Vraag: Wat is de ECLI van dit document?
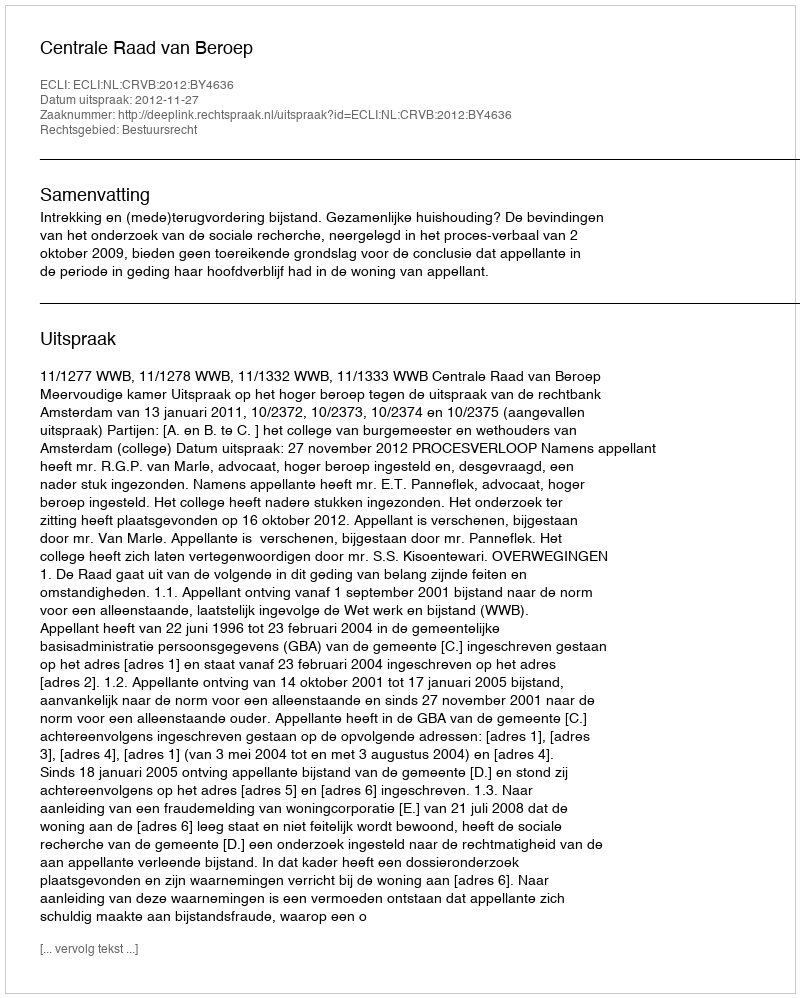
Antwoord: ECLI:NL:CRVB:2012:BY4636